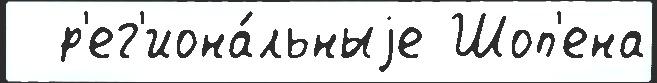
  р'ег'иона́льныjе Шоп'ена